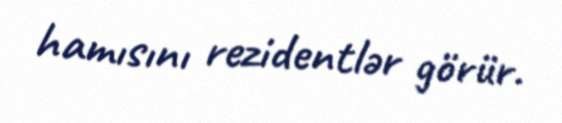
hamısını rezidentlər görür.